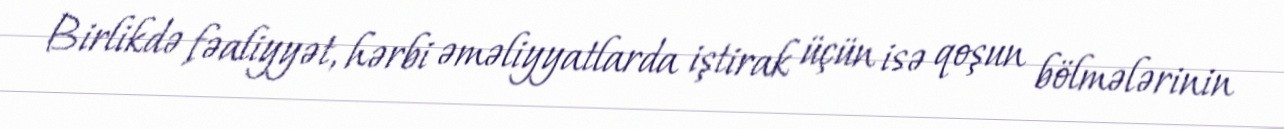
Birlikdə fəaliyyət, hərbi əməliyyatlarda iştirak üçün isə qoşun bölmələrinin